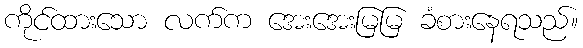
ကိုင်ထားသော လက်က အေးအေးမြမြ ခံစားနေရသည်။